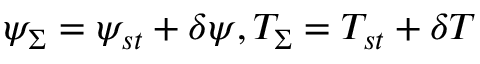
\psi _ { \Sigma } = \psi _ { s t } + \delta \psi , T _ { \Sigma } = T _ { s t } + \delta T